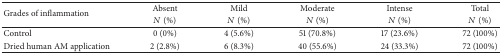
<table><thead><tr><td rowspan="2"><b>Grades of inflammation</b></td><td><b>Absent</b></td><td><b>Mild</b></td><td><b>Moderate</b></td><td><b>Intense</b></td><td><b>Total</b></td></tr><tr><td><b><i>N</i> (%)</b></td><td><b><i>N</i> (%)</b></td><td><b><i>N</i> (%)</b></td><td><b><i>N</i> (%)</b></td><td><b><i>N</i> (%)</b></td></tr></thead><tbody><tr><td>Control</td><td>0 (0%)</td><td>4 (5.6%)</td><td>51 (70.8%)</td><td>17 (23.6%)</td><td>72 (100%)</td></tr><tr><td>Dried human AM application</td><td>2 (2.8%)</td><td>6 (8.3%)</td><td>40 (55.6%)</td><td>24 (33.3%)</td><td>72 (100%)</td></tr></tbody></table>